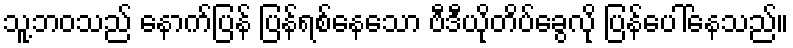
သူ့ဘဝသည် နောက်ပြန် ပြန်ရစ်နေသော ဗီဒီယိုတိပ်ခွေလို ပြန်ပေါ်နေသည်။